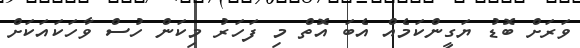
ވަރަށް ބޮޑު ޔަގީންކަމެއް އެބަ އޮތް މި ފަހަރު މިކަން ހުސް ވާހަކައަކަށް